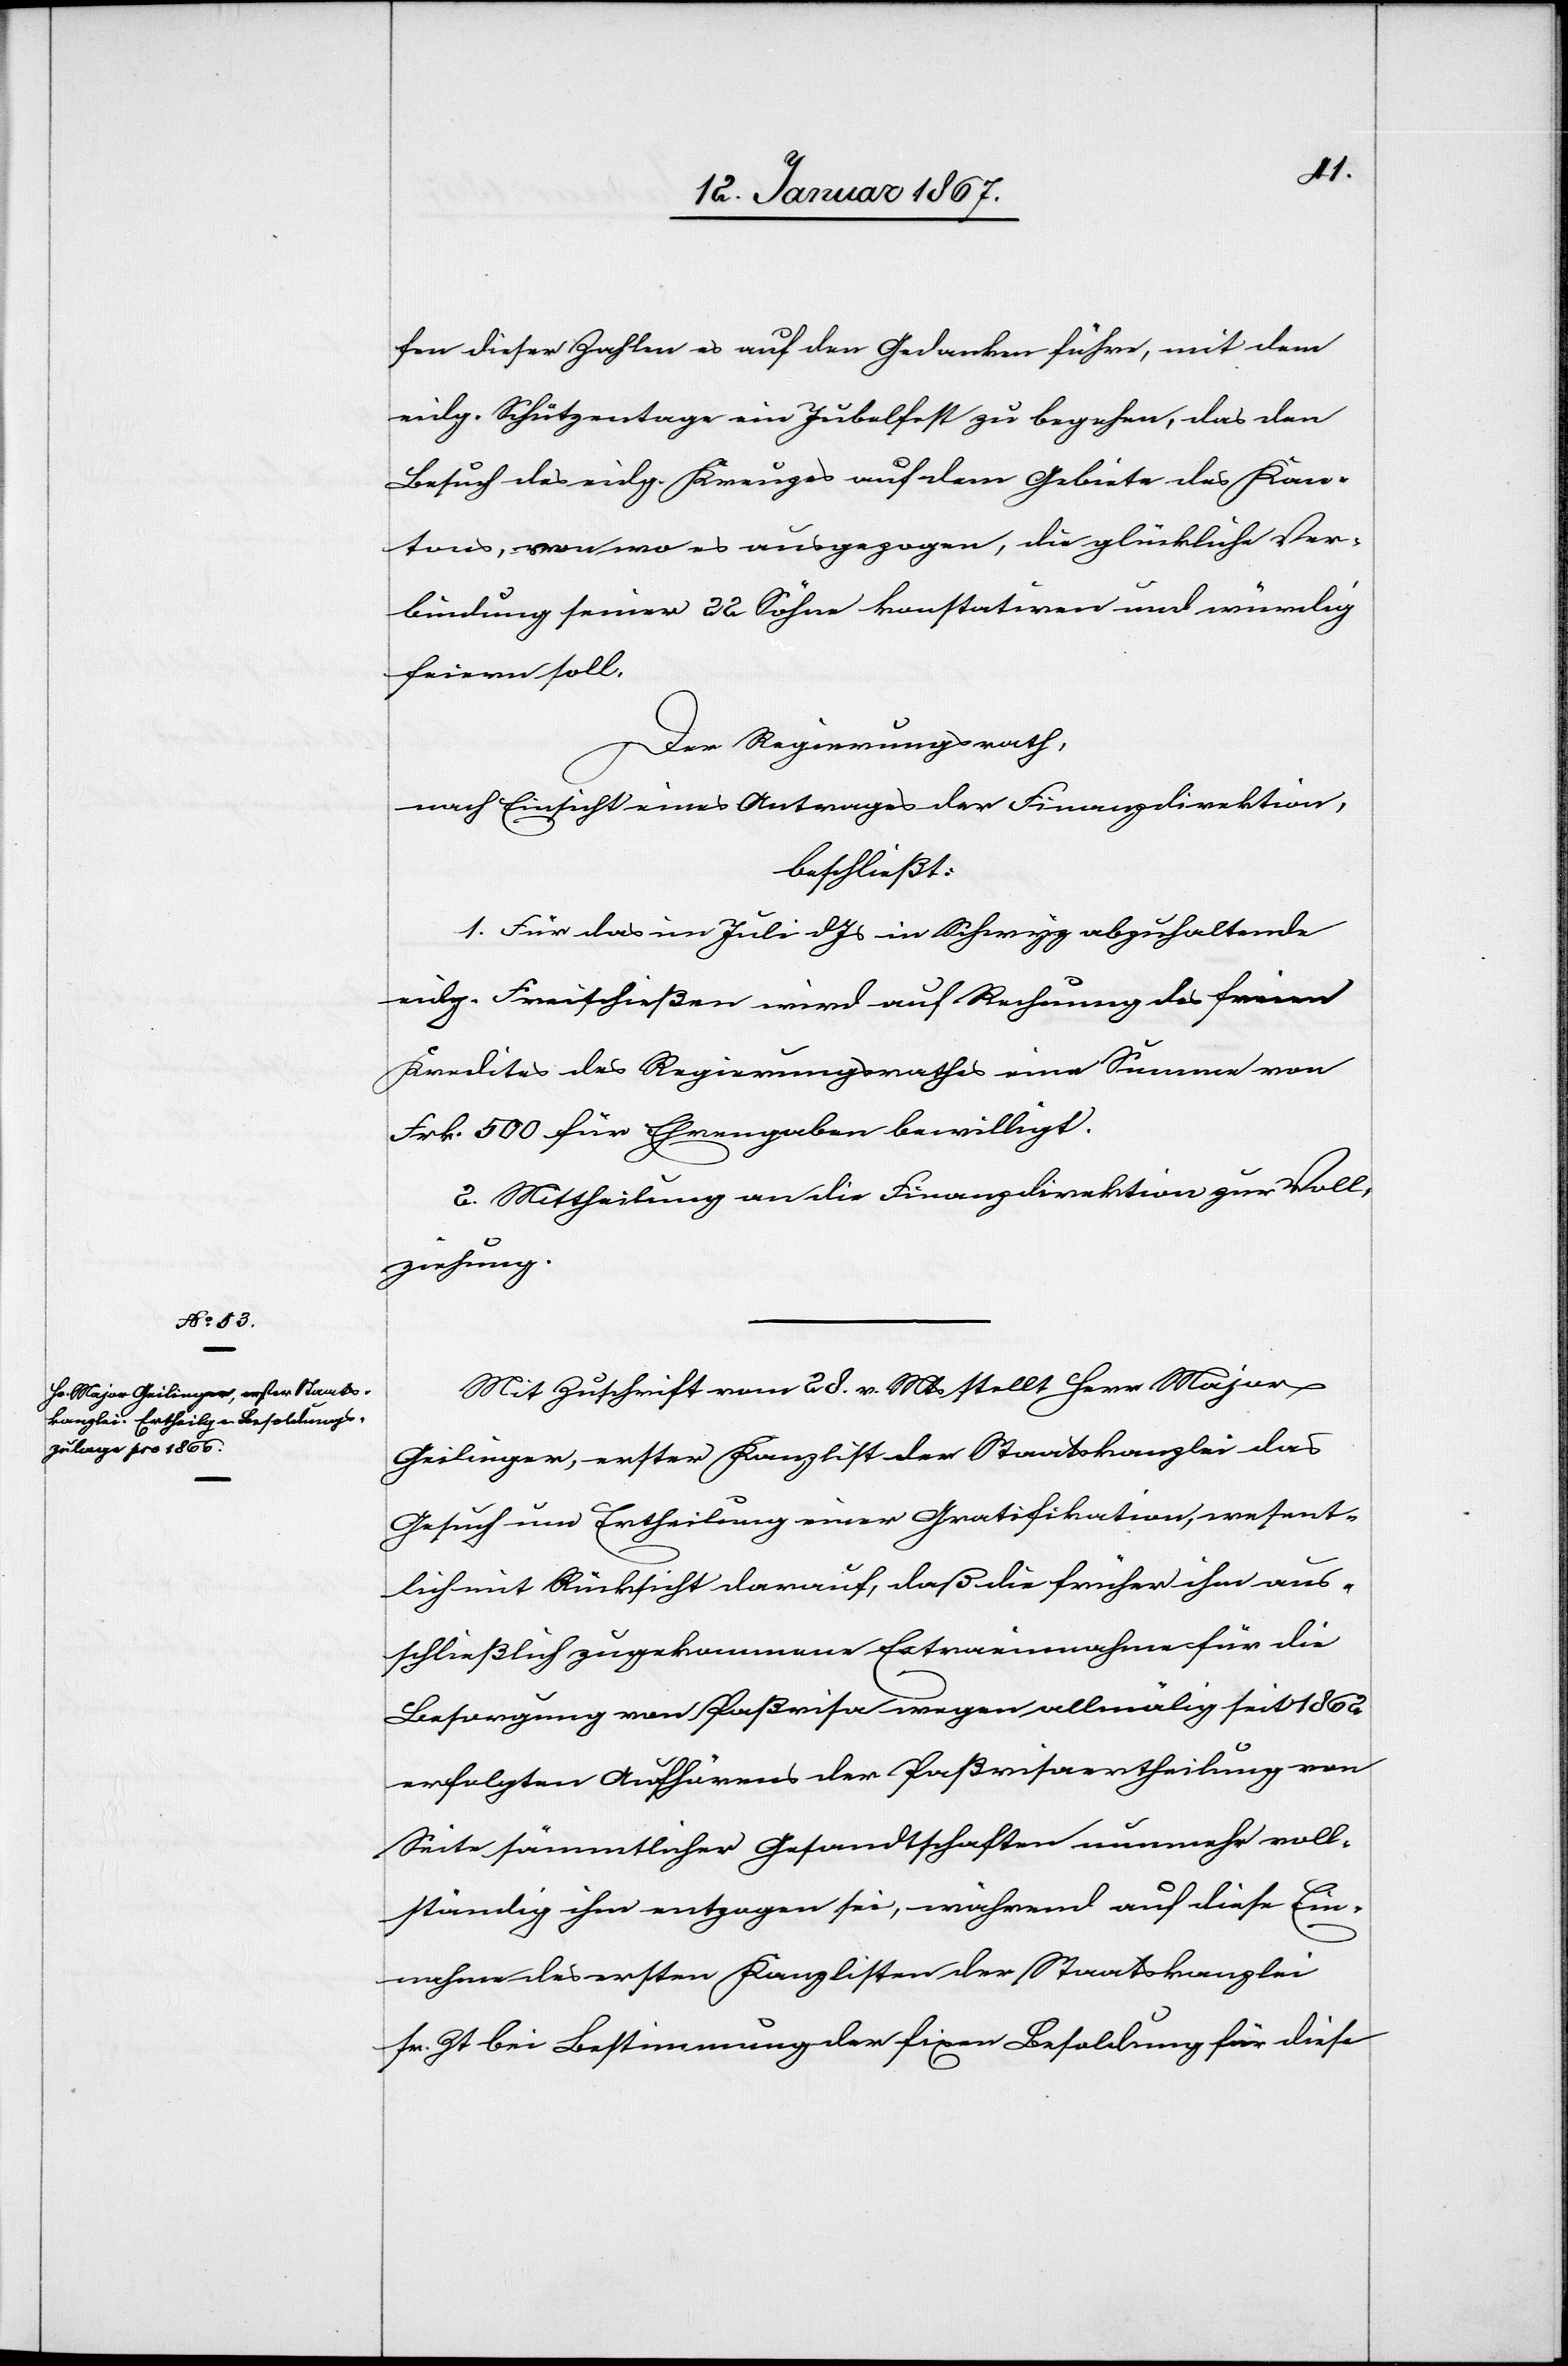
fen dieser Zahlen es auf den Gedanken führe, mit dem
eidg. Schützentage ein Jubelfest zu begehen, das den
Besuch des eidg. Kreuzes auf dem Gebiete des Kan¬
tons, von wo es ausgegangen, die glückliche Ver¬
bindung seiner 22 Söhne konstatiren und würdig
feiern soll.
Der Regierungsrath,
nach Einsicht eines Antrages der Finanzdirektion,
beschließt:
1. Für das im Juli d. Js in Schwyz abzuhaltende
eidg. Freischießen wird auf Rechnung des freien
Kredites des Regierungsrathes eine Summe von
Frk. 500 für Ehrengaben bewilligt.
2. Mittheilung an die Finanzdirektion zur Voll¬
ziehung.
Mit Zuschrift vom 28. v. Mts stellt Herr Major
Geilinger, erster Kanzlist der Staatskanzlei das
Gesuch um Ertheilung einer Gratifikation, wesent¬
lich mit Rücksicht darauf, daß die früher ihn aus¬
schließlich zugekommene Extraeinnahme für die
Besorgung von Paßvisa wegen allmälig seit 1862
erfolgten Aufhörens der Paßvisaertheilung von
Seite sämmtlicher Gesandtschaften nunmehr voll¬
ständig ihm entzogen sei, während auf diese Ein¬
nahme des ersten Kanzlisten der Staatskanzlei
sr. Zt bei Bestimmung der fixen Besoldung für diese